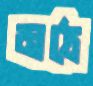
মঠে